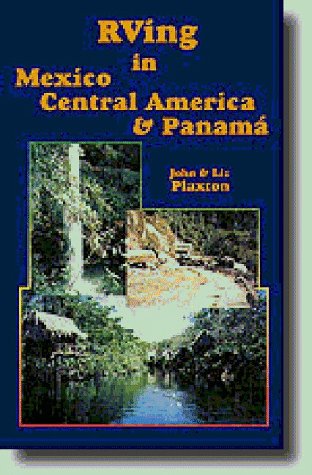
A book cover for RVing in Mexico, Central America and Panama; John S Plaxton; Travel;